Investigations on Bengal jail dietaries - Number 37
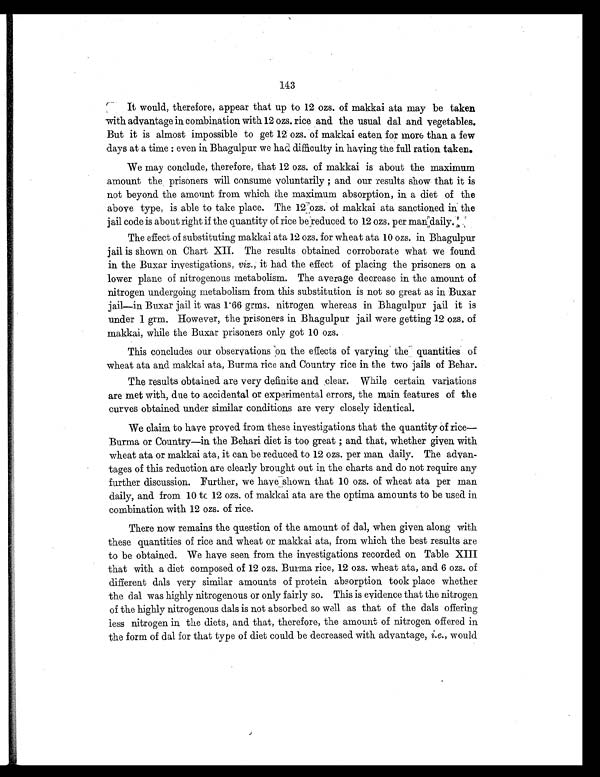
143
It would, therefore, appear that up to 12 ozs. of makkai ata may be taken
with advantage in combination with 12 ozs. rice and the usual dal and vegetables.
But it is almost impossible to get 12 ozs. of makkai eaten for more than a few
days at a time : even in Bhagulpur we had difficulty in having the full ration taken.
We may conclude, therefore, that 12 ozs. of makkai is about the maximum
amount the prisoners will consume voluntarily ; and our results show that it is
not beyond. the amount from which the maximum absorption, in a diet of the
above type, is able to take place. The 12 ozs. of makkai ata sanctioned in the
jail code is about right if the quantity of rice be reduced to 12 ozs. per mandaily.
The effect of substituting makkai ata 12 ozs. for wheat ata 10 ozs. in Bhagulpur
jail is shown on Chart XII. The results obtained corroborate what we found
in the Buxar investigations, viz., it had the effect of placing the prisoners on a
lower plane of nitrogenous metabolism. The average decrease in the amount of
nitrogen undergoing metabolism from this substitution is not so great as in Buxar
jail—in Buxar jail it was 1.66 grms. nitrogen whereas in Bhagulpur jail it is
under I grm. However, the prisoners in Bhagulpur jail were getting 12 ozs. of
makkai, while the Buxar prisoners only got 10 ozs.
This concludes our observations on the effects of varying the quantities of
wheat ata and makkai ata, Burma rice and Country rice in the two jails of Behar.
The results obtained are very definite and clear. While certain variations
are met with, due to accidental or experimental errors, the main features of the
curves obtained under similar conditions are very closely identical.
We claim to have proved from these investigations that the quantity of rice—
Burma or Country—in the Behari diet is too great ; and that, whether given with
wheat ata or makkai ata, it can be reduced to 12 ozs. per man daily. The advan-
tages of this reduction are clearly brought out in the charts and do not require any
further discussion. Further, we have shown that 10 ozs. of wheat ata per man
daily, and from 10 to 12 ozs. of makkai ata are the optima amounts to be used in
combination with 12 ozs. of rice.
There now remains the question of the amount of dal, when given along with
these quantities of rice and wheat or makkai ata, from which the best results are
to be obtained. We have seen from the investigations recorded on Table XIII
that with a diet composed of 12 ozs. Burma rice, 12 ozs. wheat ata, and 6 ozs. of
different dais very similar amounts of protein absorption took place whether
the dal was highly nitrogenous or only fairly so. This is evidence that the nitrogen
of the highly nitrogenous dais is not absorbed so well as that of the dal s offering
less nitrogen in the diets, and that, therefore, the amount of nitrogen offered in
the form of dal for that type of diet could be decreased with advantage, i.e. , would